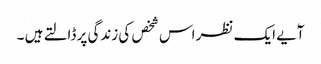
آٗیے ایک نظر اس شخص کی زندگی پر ڈالتے ہیں ۔